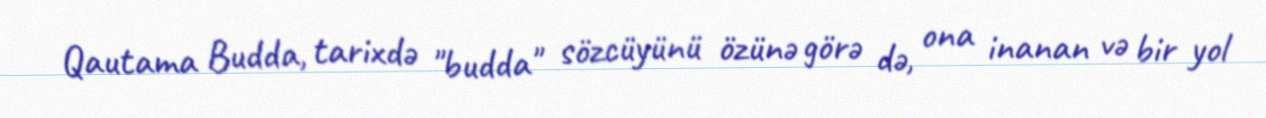
Qautama Budda, tarixdə "budda" sözcüyünü özünə görə də, ona inanan və bir yol